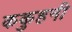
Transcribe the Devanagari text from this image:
ककुहनी